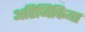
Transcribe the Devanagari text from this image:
अरिजिकिया